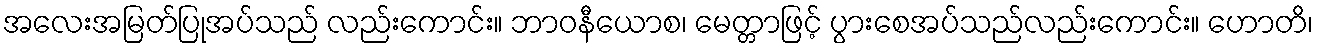
အလေးအမြတ်ပြုအပ်သည် လည်းကောင်း။ ဘာဝနီယောစ၊ မေတ္တာဖြင့် ပွားစေအပ်သည်လည်းကောင်း။ ဟောတိ၊